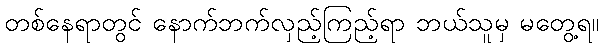
တစ်နေရာတွင် နောက်ဘက်လှည့်ကြည့်ရာ ဘယ်သူမှ မတွေ့ရ။